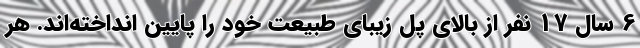
6 سال 17 نفر از بالای پل زیبای طبیعت خود را پایین انداخته‌اند. هر